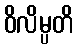
ဝိလိမ္ပတိ